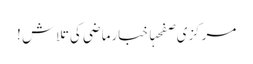
مرکزی صفحہاخبارماضی کی تلاش !